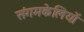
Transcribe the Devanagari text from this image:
संगमकेलियों